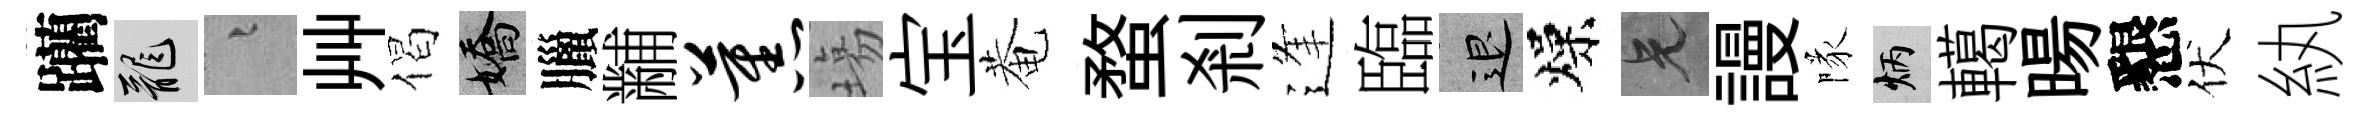
躪龍融艸偈嬌臘黼蕉塲宝菴蝥剎逢臨退燥兄謾隊炳轕暘懇伏紈